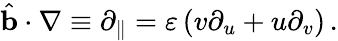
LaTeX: \hat{\textbf{b}}\cdot\nabla\equiv\partial_{\parallel}=\varepsilon\left(v\partial_{u}+u\partial_{v}\right)\, .